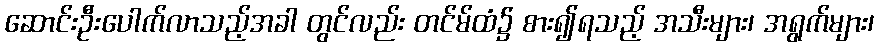
ဆောင်းဦးပေါက်လာသည့်အခါ တွင်လည်း တင်မ်ထံ၌ စား၍ရသည့် အသီးများ၊ အရွက်များ၊